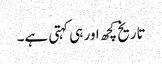
تاریخ کچھ اور ہی کہتی ہے۔